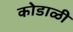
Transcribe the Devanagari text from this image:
कोडाळी